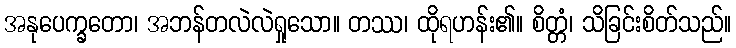
အနုပေက္ခတော၊ အဘန်တလဲလဲရှုသော။ တဿ၊ ထိုရဟန်း၏။ စိတ္တံ၊ သိခြင်းစိတ်သည်။